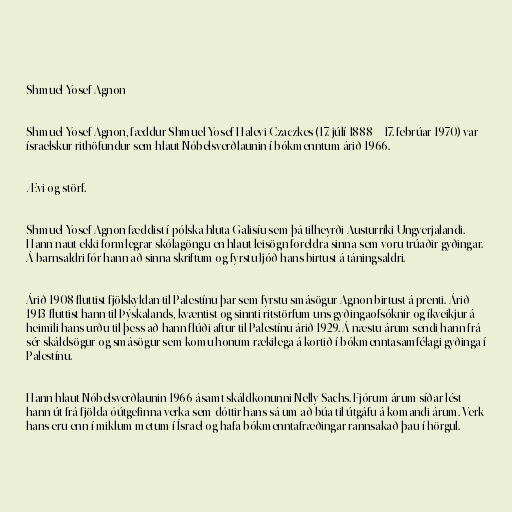
Shmuel Yosef Agnon

Shmuel Yosef Agnon, fæddur Shmuel Yosef Halevi Czaczkes (17. júlí 1888 – 17. febrúar 1970) var
ísraelskur rithöfundur sem hlaut Nóbelsverðlaunin í bókmenntum árið 1966.

Ævi og störf.

Shmuel Yosef Agnon fæddist í pólska hluta Galisíu sem þá tilheyrði Austurríki-Ungverjalandi.
Hann naut ekki formlegrar skólagöngu en hlaut leisögn foreldra sinna sem voru trúaðir gyðingar.
Á barnsaldri fór hann að sinna skriftum og fyrstu ljóð hans birtust á táningsaldri.

Árið 1908 fluttist fjölskyldan til Palestínu þar sem fyrstu smásögur Agnon birtust á prenti. Árið
1913 fluttist hann til Þýskalands, kvæntist og sinnti ritstörfum uns gyðingaofsóknir og íkveikjur á
heimili hans urðu til þess að hann flúði aftur til Palestínu árið 1929. Á næstu árum sendi hann frá
sér skáldsögur og smásögur sem komu honum rækilega á kortið í bókmenntasamfélagi gyðinga í
Palestínu.

Hann hlaut Nóbelsverðlaunin 1966 ásamt skáldkonunni Nelly Sachs. Fjórum árum síðar lést
hann út frá fjölda óútgefinna verka sem dóttir hans sá um að búa til útgáfu á komandi árum. Verk
hans eru enn í miklum metum í Ísrael og hafa bókmenntafræðingar rannsakað þau í hörgul.